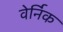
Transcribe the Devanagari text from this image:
वेर्निक